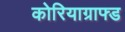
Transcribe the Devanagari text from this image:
कोरियाग्राफ्ड